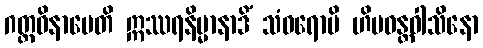
ဂတ္တဝိနာမေတိ ဣဿရနိမ္မာနာဒိံ သံဝရောပိ ဟိမဝန္တဝါသိနော